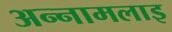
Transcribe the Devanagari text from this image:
अन्नामलाइ